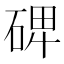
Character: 𥓓